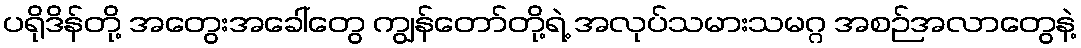
ပရိုဒိန်တို့ အတွေးအခေါ်တွေ ကျွန်တော်တို့ရဲ့ အလုပ်သမားသမဂ္ဂ အစဉ်အလာတွေနဲ့